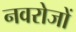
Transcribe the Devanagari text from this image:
नवरोजों